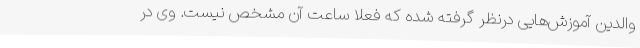
والدین آموزش‌هایی درنظر گرفته شده که فعلاً ساعت آن مشخص نیست. وی در